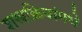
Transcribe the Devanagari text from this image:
शस्त्रक्रियांमधे